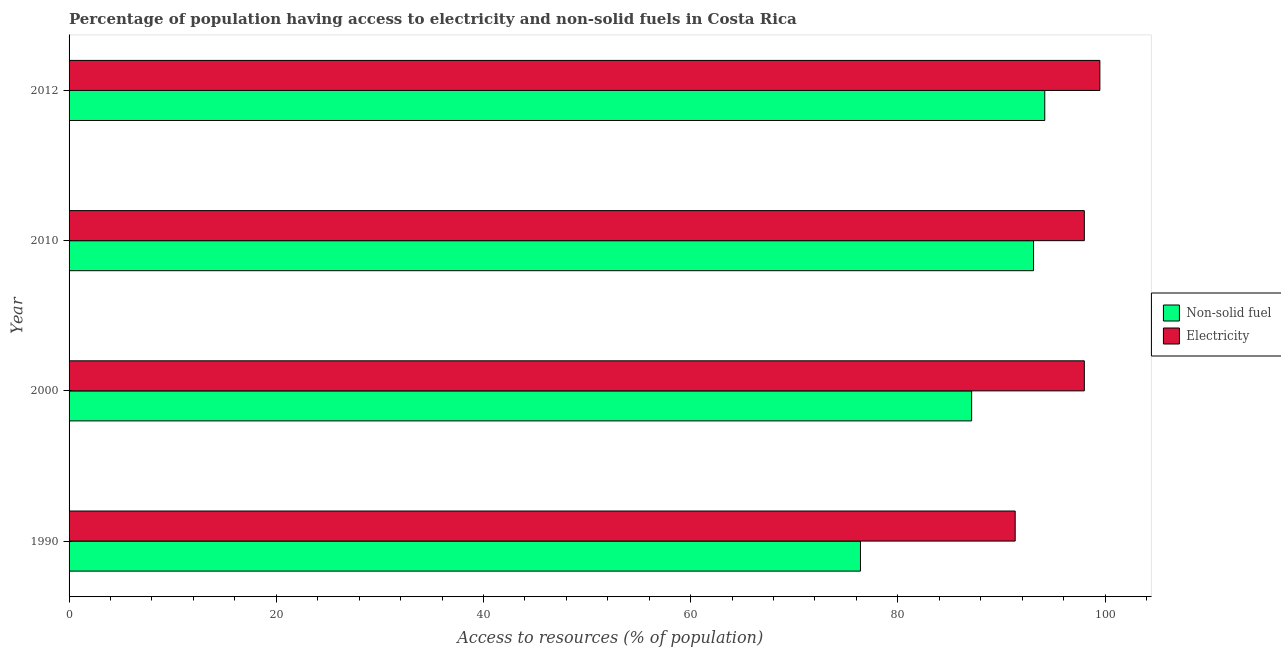
| Year | Non-solid fuel | Electricity |
 | --- | --- | --- |
 | 1990 | 76.4 | 91.3 |
 | 2000 | 87.1 | 98 |
 | 2010 | 93.1 | 98 |
 | 2012 | 94.2 | 99.5 |